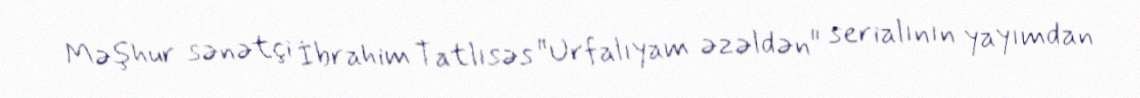
Məşhur sənətçi İbrahim Tatlısəs "Urfalıyam əzəldən" serialının yayımdan